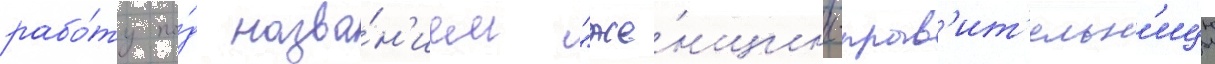
рабо́ту по́д назва́н'ием "же́нщины-прав'ит'ельн'ицы